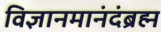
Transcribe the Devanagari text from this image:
विज्ञानमानंदंब्रह्म